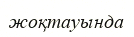
жоқтауында